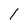
Character: l